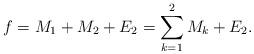
LaTeX: \begin{align*}f=M_{1} + M_{2} + E_{2} = \sum_{k=1}^{2} M_{k} + E_{2}.\end{align*}